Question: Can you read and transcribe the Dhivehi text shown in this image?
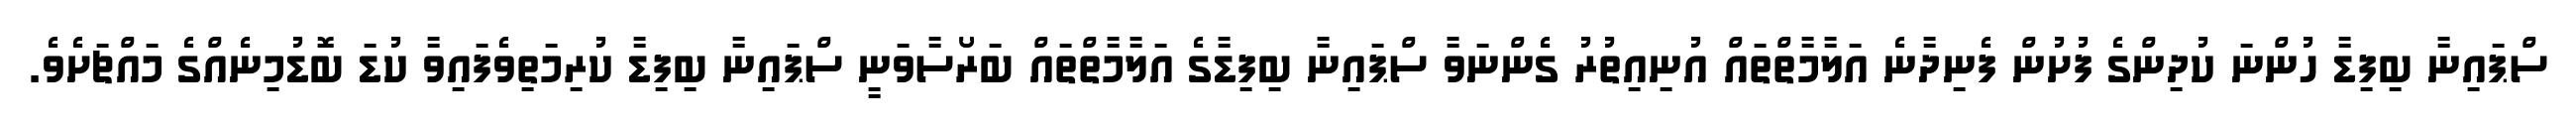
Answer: ސްޕައިނާ ބިފިޑާ ހުންނަ ކުދިންގެ ފުށުން ފެނިދާނެ އަލާމާތްތައް އުނިއިތުރު ގެންނަވާ ސްޕައިނާ ބިފިޑާގެ އަލާމާތްތައް ބަރޯސާވަނީ ސްޕައިނާ ބިފިޑާ ކުރިމަތިވެފައިވާ ކުޑަ ބޮޑުމިނެއްގެ މައްޗަށެވެ.